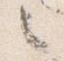
之